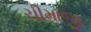
ચીમાજી